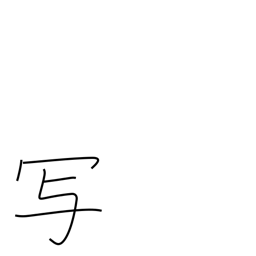
Meaning: be photographed